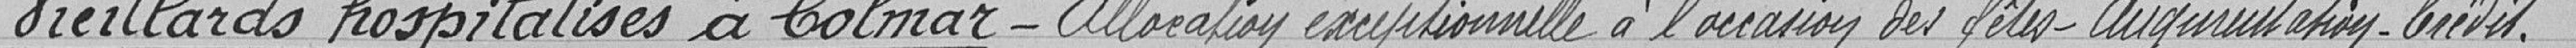
Vieillards hospitalisés à Colmar- Allocation exceptionnelle à l'occasion des fêtes - Augmentation - Crédit.